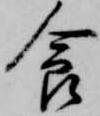
食